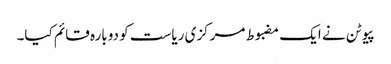
پیوٹن نے ایک مضبوط مرکزی ریاست کو دوبارہ قائم کیا۔